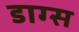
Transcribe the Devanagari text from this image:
डाग्स